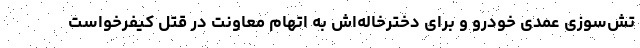
تش‌سوزی عمدی خودرو و برای دخترخاله‌اش به اتهام معاونت در قتل کیفرخواست